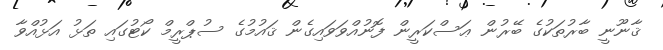
ޤާނޫނީ ބާރުތަކުގެ ބޭރުން ޢަސްކަރީން ފޮނުއްވަވައިގެން ޤައުމުގެ ސުޕްރީމް ކޯޓުގައި ތަޅު އަޅުއްވާ